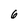
Character: 6